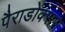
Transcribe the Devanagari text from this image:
पैराडोक्सस